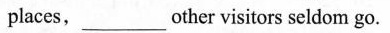
places, ___other visitors seldom go.